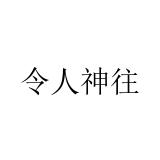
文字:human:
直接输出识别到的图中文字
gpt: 令人神往